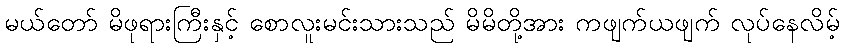
မယ်တော် မိဖုရားကြီးနှင့် စောလူးမင်းသားသည် မိမိတို့အား ကဖျက်ယဖျက် လုပ်နေလိမ့်